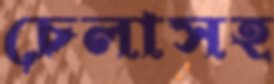
চেলাসহ